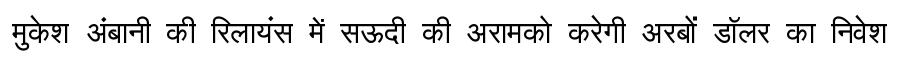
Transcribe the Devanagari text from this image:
मुकेश अंबानी की रिलायंस में सऊदी की अरामको करेगी अरबों डॉलर का निवेश